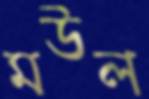
মউল